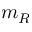
m _ { R }